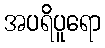
အပရိပူရော